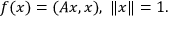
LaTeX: f ( x ) = ( A x , x ) , \; \| x \| = 1 .